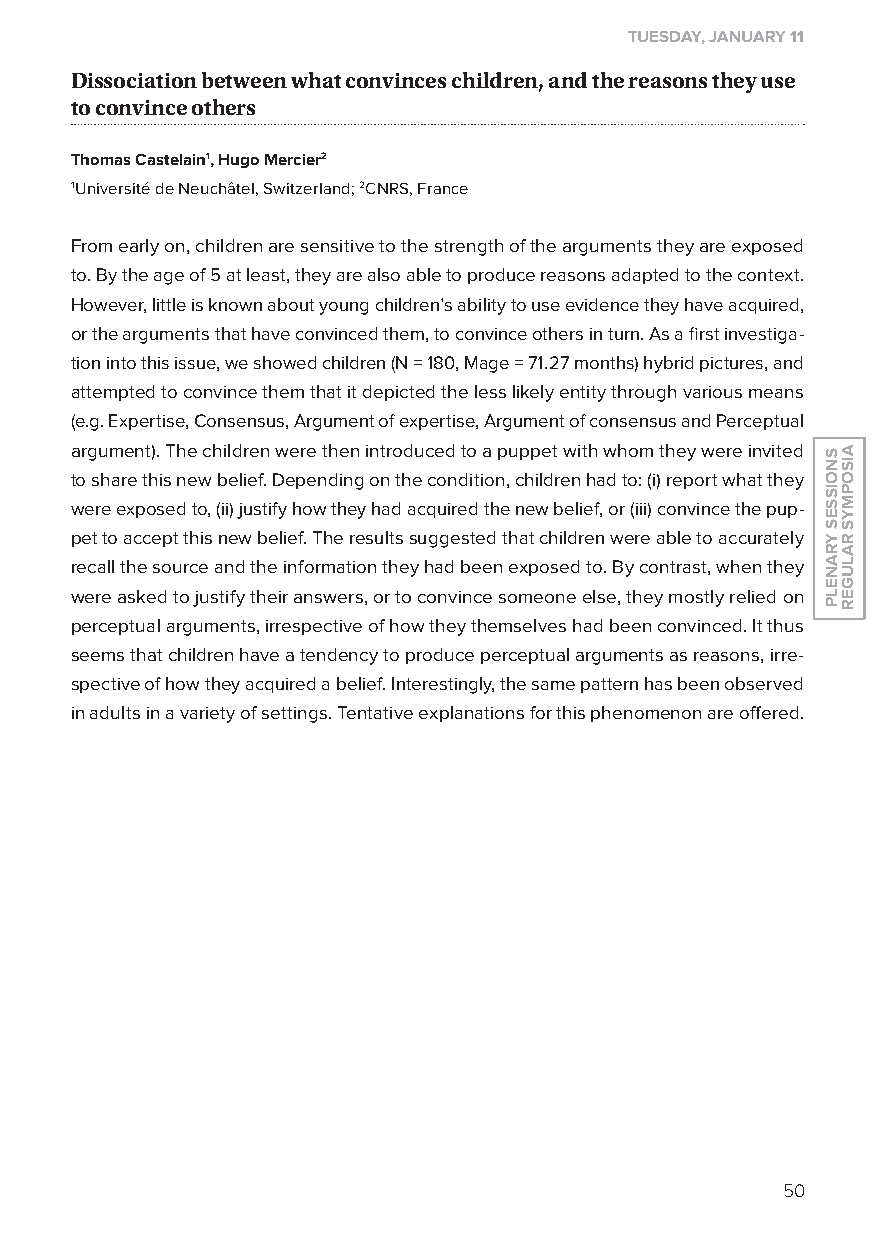
tuesday, January 11
 Dissociation between what convinces children, and the reasons they use
 to convince others
 Thomas Castelain1, Hugo Mercier2
 1Université de Neuchâtel, Switzerland; 2CNRS, France
 From early on, children are sensitive to the strength of the arguments they are exposed
 to. By the age of 5 at least, they are also able to produce reasons adapted to the context.
 However, little is known about young children’s ability to use evidence they have acquired,
 or the arguments that have convinced them, to convince others in turn. As a first investiga-
 tion into this issue, we showed children (N = 180, Mage = 71.27 months) hybrid pictures, and
 attempted to convince them that it depicted the less likely entity through various means
 (e.g. Expertise, Consensus, Argument of expertise, Argument of consensus and Perceptual
 argument). The children were then introduced to a puppet with whom they were invited
 to share this new belief. Depending on the condition, children had to: (i) report what they
 were exposed to, (ii) justify how they had acquired the new belief, or (iii) convince the pup-
 pet to accept this new belief. The results suggested that children were able to accurately
 recall the source and the information they had been exposed to. By contrast, when they
 were asked to justify their answers, or to convince someone else, they mostly relied on
 perceptual arguments, irrespective of how they themselves had been convinced. It thus
 seems that children have a tendency to produce perceptual arguments as reasons, irre-
 spective of how they acquired a belief. Interestingly, the same pattern has been observed
 in adults in a variety of settings. Tentative explanations for this phenomenon are offered.
 50
 SnoiSSeS
 yranelP
 aiSoPMyS
 ralUGer